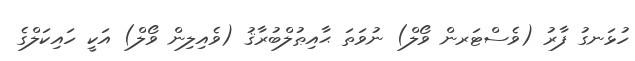
ހުޅަނގު ފާރު (ވެސްޓަރން ވޯލް) ނުވަތަ ޙާއިޠުލްބުރާޤު (ވެއިލިން ވޯލް) އަކީ ހައިކަލްގެ